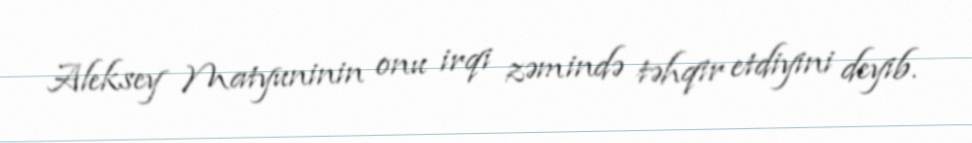
Aleksey Matyuninin onu irqi zəmində təhqir etdiyini deyib.